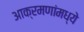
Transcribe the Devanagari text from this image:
आक्रमणांमध्ये